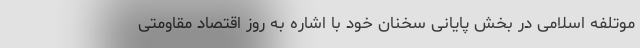
موتلفه اسلامی در بخش پایانی سخنان خود با اشاره به روز اقتصاد مقاومتی